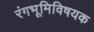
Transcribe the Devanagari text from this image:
रंगभूमिविषयक